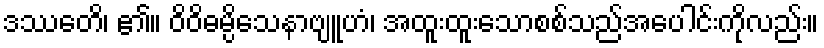
ဒဿေတိ၊ ၏။ ဝိဝိဓမ္ပိသေနာဗျူဟံ၊ အထူးထူးသောစစ်သည်အပေါင်းကိုလည်း။